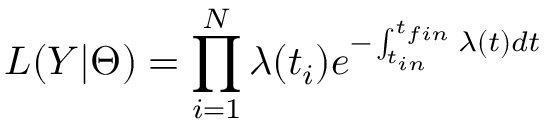
L ( Y | \Theta ) = \prod _ { i = 1 } ^ { N } \lambda ( t _ { i } ) e ^ { - \int _ { t _ { i n } } ^ { t _ { f i n } } \lambda ( t ) d t }